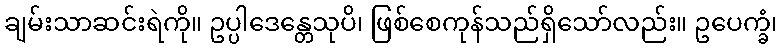
ချမ်းသာဆင်းရဲကို။ ဥပ္ပါဒေန္တေသုပိ၊ ဖြစ်စေကုန်သည်ရှိသော်လည်း။ ဥပေက္ခံ၊